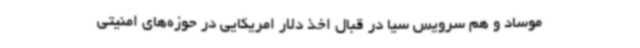
موساد و هم سرویس سیا در قبال اخذ دلار امریکایی در حوزه‌های امنیتی